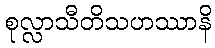
စုလ္လာသီတိသဟဿာနိ